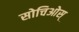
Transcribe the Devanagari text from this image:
सोचिओस्